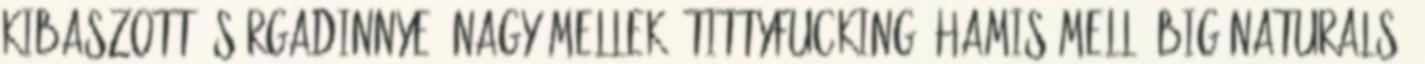
kibaszott, sárgadinnye, nagy mellek, tittyfucking, hamis mell, big naturals,